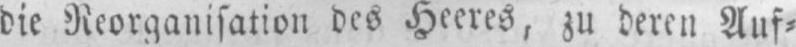
die Reorganisation des Heeres, zu deren Auf⸗